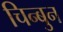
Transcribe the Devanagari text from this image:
चिन्बुन